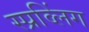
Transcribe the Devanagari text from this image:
स्प्रव्लिंग